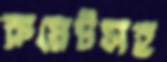
রুয়েটসহ